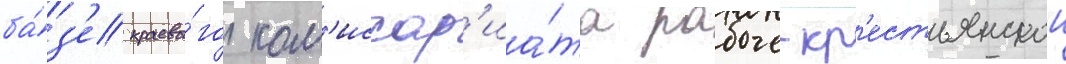
ба́з'е краево́го ком'иссар'иа́та рабоче-кр'естьянскои